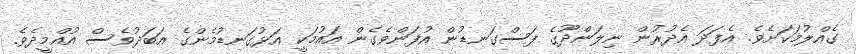
ގެއްލުމަކަށެވެ. އެފަދަ އެދުރުން ނިލަންދޫގެ ފަސްގަނޑުން އުފަންވެގެން އައުމަކީ އަޅުގަނޑުމެންގެ އަބަދުވެސް އުއްމީދެވެ.